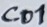
Text: Co1